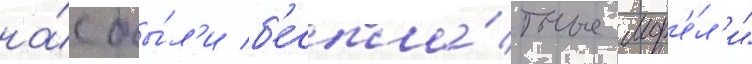
на́с бы́л'и б'еспла́тные мод'е́л'и"